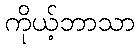
ကိုယ့်ဘာသာ